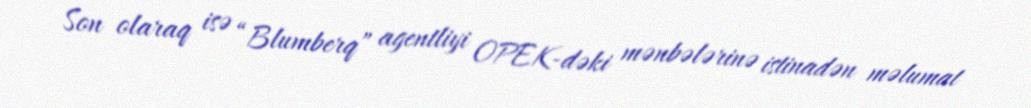
Son olaraq isə “Blumberq” agentliyi OPEK-dəki mənbələrinə istinadən məlumat